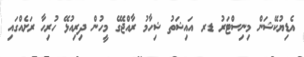
އެޑިޔުކޭޝަން މިނިސްޓަރު ޑރ އައިޝަތު ޝިހާމު ރާއްޖޭގެ މީހުން ދިރިއުޅޭ ހުރިހާ ރަށެއްގައި